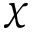
\chi